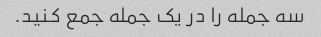
سه جمله را در یک جمله جمع کنید.